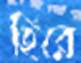
হিরে